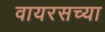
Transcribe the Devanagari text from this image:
वायरसच्या